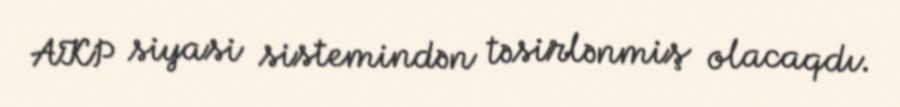
AKP siyasi sistemindən təsirlənmiş olacaqdı.